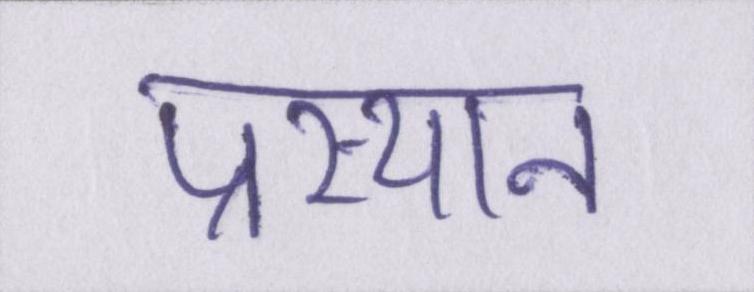
प्रस्थान